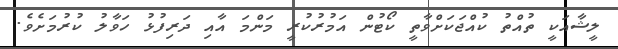
ލީޝާއަކީ ތުއްތު ކުއްޖަކަށްވާތީ ކޯޓުން އަމުރުކުރީ މަންމަ އާއި ދަރިފުޅު ހަވާލު ކުރުމަށެވެ.